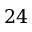
2 4